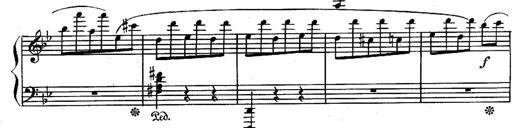
Title: Sonatina in G minor for piano
Composer: Nikolay Medtner
Key: G minor